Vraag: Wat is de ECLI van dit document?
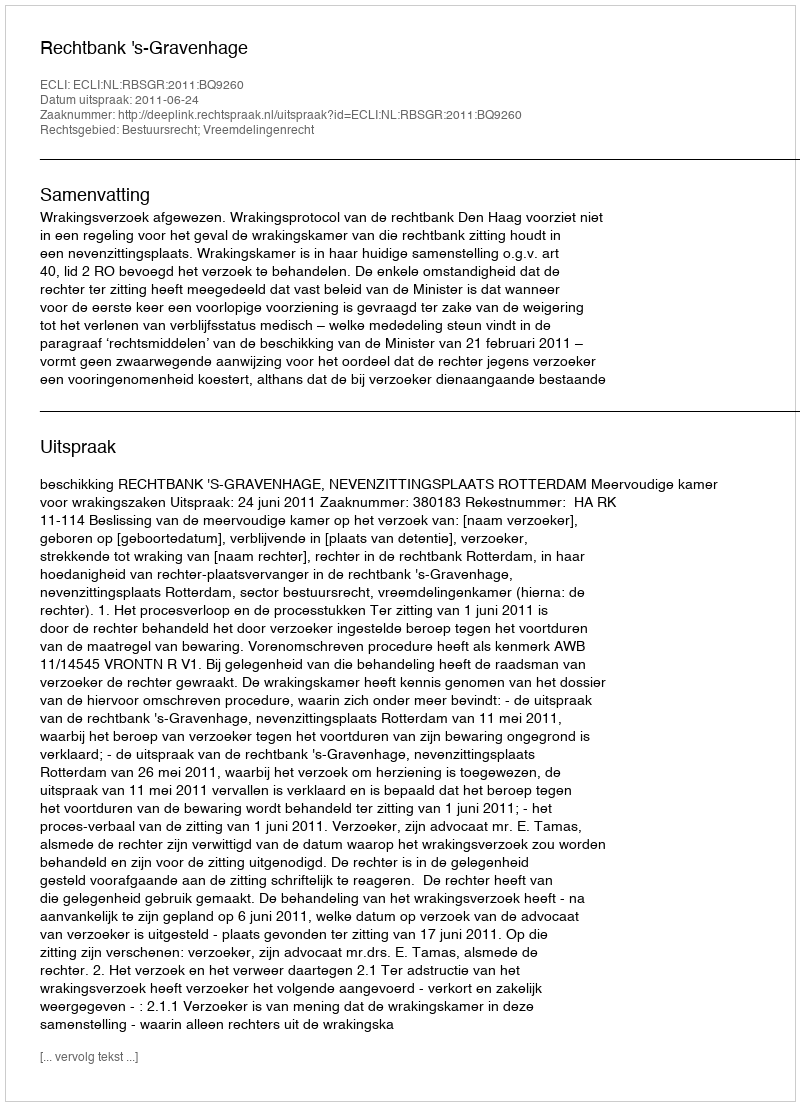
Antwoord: ECLI:NL:RBSGR:2011:BQ9260